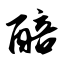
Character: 醅